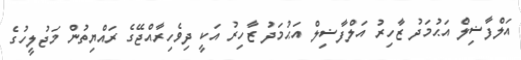
އަލްފާޟިލް އަޙުމަދު ޒާހިރު އަލްފާޟިލް އަޙުމަދު ޒާހިރު އަކީ ދިވެހިރާއްޖޭގެ ރައްޔިތުން މަޖުލީހުގެ